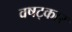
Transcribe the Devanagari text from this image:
वषट्कार